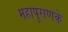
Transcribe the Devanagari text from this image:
महापुराणके